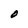
Character: O